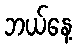
ဘယ်နေ့